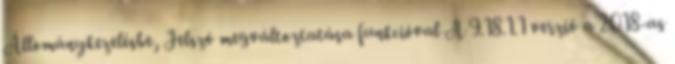
Állománykezelésbe, Jelszó megváltoztatása funkcióval A 9.18.1.1 verzió a 2018-as